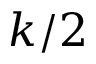
k / 2